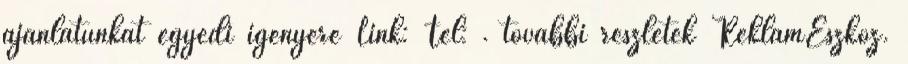
ajánlatunkat egyedi igényére Link: Tel: . további részletek ReklámEszköz.